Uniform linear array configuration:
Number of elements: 12
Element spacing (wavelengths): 0.25
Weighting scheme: hamming
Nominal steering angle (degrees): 60
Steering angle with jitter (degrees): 58.863
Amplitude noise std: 0.05
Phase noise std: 0.05

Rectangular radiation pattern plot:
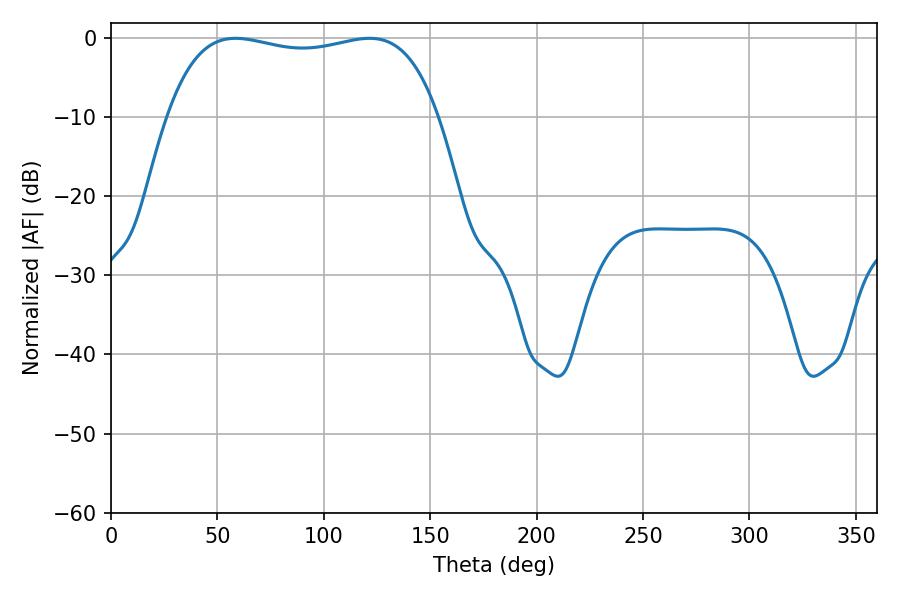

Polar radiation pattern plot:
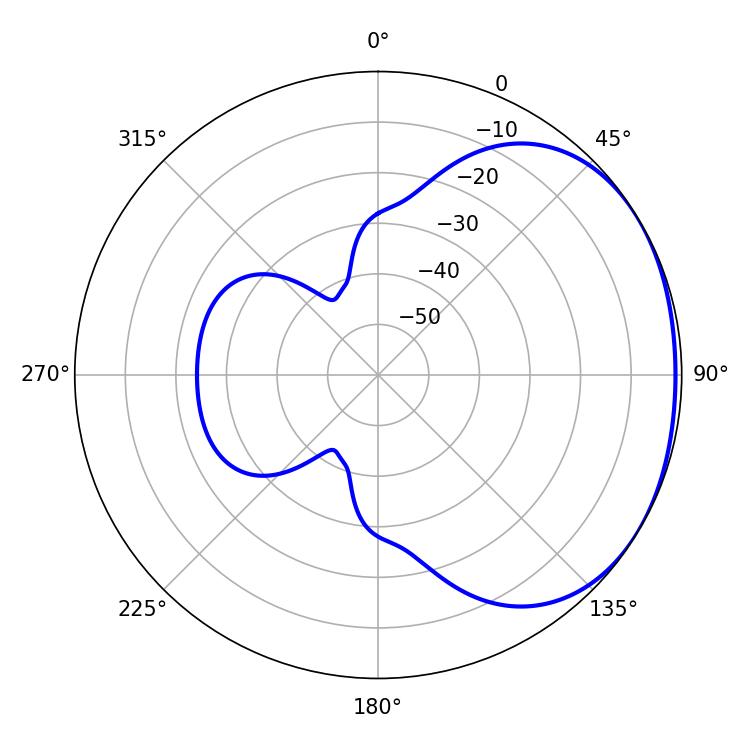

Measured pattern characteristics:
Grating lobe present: FALSE
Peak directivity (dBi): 1.534
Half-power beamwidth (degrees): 102.6
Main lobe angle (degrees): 58.5